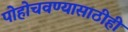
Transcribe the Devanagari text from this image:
पोहोचवण्यासाठीही